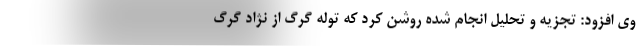
وی افزود: تجزیه و تحلیل انجام شده روشن کرد که توله گرگ از نژاد گرگ